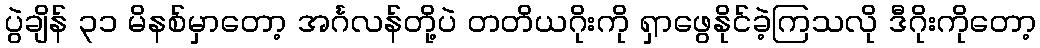
ပွဲချိန် ၃၁ မိနစ်မှာတော့ အင်္ဂလန်တို့ပဲ တတိယဂိုးကို ရှာဖွေနိုင်ခဲ့ကြသလို ဒီဂိုးကိုတော့